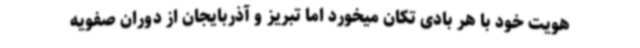
هویت خود با هر بادی تکان میخورد اما تبریز و آذربایجان از دوران صفویه